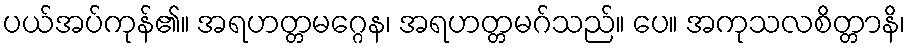
ပယ်အပ်ကုန်၏။ အရဟတ္တမဂ္ဂေန၊ အရဟတ္တမဂ်သည်။ ပေ။ အကုသလစိတ္တာနိ၊